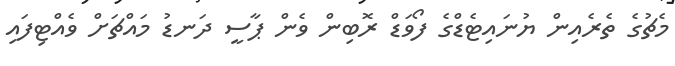
މެޗުގެ ތެރެއިން ޔުނައިޓެޑްގެ ފޯވަޑް ރޮބިން ވެން ޕާސީ ދަނޑު މައްޗަށް ވެއްޓިފައި